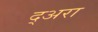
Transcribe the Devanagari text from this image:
द्अरा